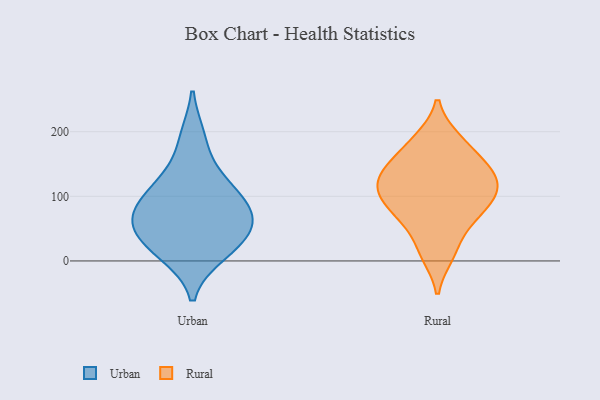
{"axis": {"x": "Humidity (%)", "y": "Value"}, "legend": ["Rural", "Urban"], "data": [{"x": "", "y": 20, "type": "Urban"}, {"x": "", "y": 60, "type": "Urban"}, {"x": "", "y": 83, "type": "Urban"}, {"x": "", "y": 190, "type": "Urban"}, {"x": "", "y": 37, "type": "Urban"}, {"x": "", "y": 65, "type": "Urban"}, {"x": "", "y": 74, "type": "Urban"}, {"x": "", "y": 11, "type": "Urban"}, {"x": "", "y": 122, "type": "Urban"}, {"x": "", "y": 118, "type": "Urban"}, {"x": "", "y": 154, "type": "Rural"}, {"x": "", "y": 10, "type": "Rural"}, {"x": "", "y": 57, "type": "Rural"}, {"x": "", "y": 188, "type": "Rural"}, {"x": "", "y": 109, "type": "Rural"}, {"x": "", "y": 106, "type": "Rural"}, {"x": "", "y": 117, "type": "Rural"}, {"x": "", "y": 139, "type": "Rural"}, {"x": "", "y": 118, "type": "Rural"}, {"x": "", "y": 77, "type": "Rural"}, {"x": "", "y": 141, "type": "Rural"}, {"x": "", "y": 16, "type": "Rural"}, {"x": "", "y": 79, "type": "Rural"}, {"x": "", "y": 156, "type": "Rural"}, {"x": "", "y": 188, "type": "Rural"}, {"x": "", "y": 112, "type": "Rural"}, {"x": "", "y": 73, "type": "Rural"}]}